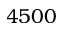
4 5 0 0